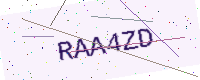
Text: RAA4ZD